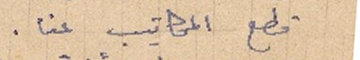
قطع المكاتيب عنا.